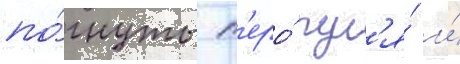
по́гнуты п'еро́ рул'я́ и́